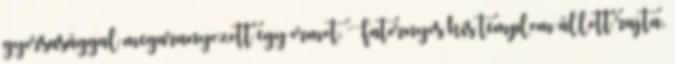
gyorsasággal megaranyozott egy ormot. Fatornyos kis templom állott rajta,